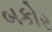
બકોર